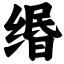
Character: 缗